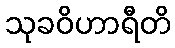
သုခဝိဟာရီတိ